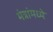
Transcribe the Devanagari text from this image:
मंत्रांमध्ये